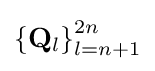
{\textstyle \left\{\mathbf {Q} _{l}\right\}_{l=n+1}^{2n}}